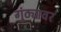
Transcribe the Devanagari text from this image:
गुंठ्यावर